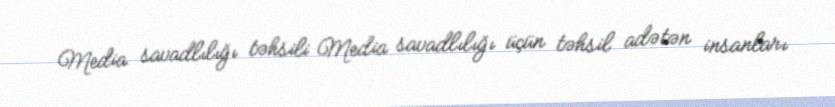
Media savadlılığı təhsili Media savadlılığı üçün təhsil adətən insanları